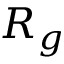
R _ { g }